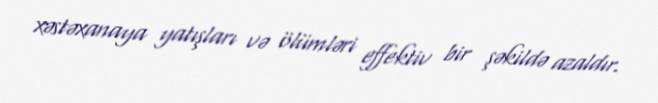
xəstəxanaya yatışları və ölümləri effektiv bir şəkildə azaldır.